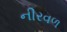
નીરવળ